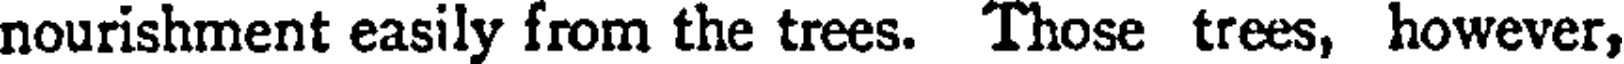
nourishment easily from the trees. Those trees, however,